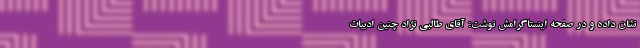
نشان داده و در صفحه اینستاگرامش نوشت: آقای طالبی نژاد چنین ادبیات